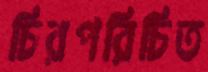
চিরপরিচিত